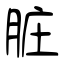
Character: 脏